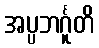
အပ္ပဘင်္ဂူတိ